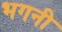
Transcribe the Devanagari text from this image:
भगनी